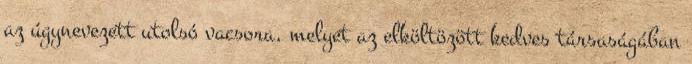
az úgynevezett utolsó vacsora, melyet az elköltözött kedves társaságában